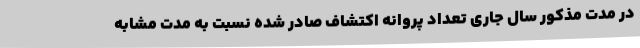
در مدت مذکور سال جاری تعداد پروانه اکتشاف صادر شده نسبت به مدت مشابه